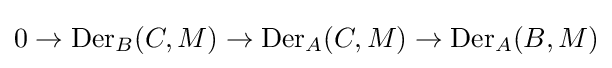
0\to \operatorname {Der} _{B}(C,M)\to \operatorname {Der} _{A}(C,M)\to \operatorname {Der} _{A}(B,M)